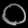
Digit: ၀